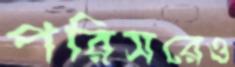
পরিসরেও